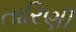
તારિણી